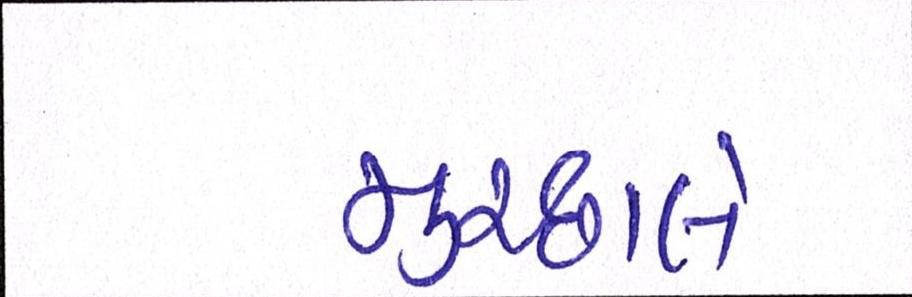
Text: મુચ્છાલે